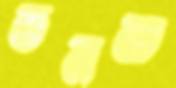
ডলত